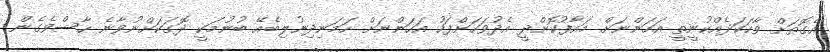
އެގޮތަށް ވާހަކަދެއްކުނީތީ އަހަންނަށް މައާފުކޮށްދީ އެދުވަހަށްފަހު އަހަންނަށް ހަމަނިދިނުލިބެއޭ ބުނުމަކީ ދޮގަކަށްނުވާނެ ހާސްވެގެން